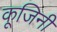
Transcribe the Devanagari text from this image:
कूजिनी